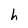
Character: h